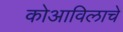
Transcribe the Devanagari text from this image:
कोआविलाचे